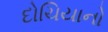
દોચિયાનો